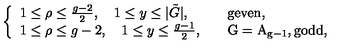
\left\{ \begin{array} { l l } { 1 \leq \rho \leq \frac { g - 2 } { 2 } , \quad 1 \leq y \leq | \tilde { G } | , } & { \quad \mathrm { g e v e n } , } \\ { 1 \leq \rho \leq g - 2 , \quad 1 \leq y \leq \frac { g - 1 } { 2 } , } & { \quad \mathrm { G = A _ { g - 1 } , g o d d , } } \\ \end{array} \right.